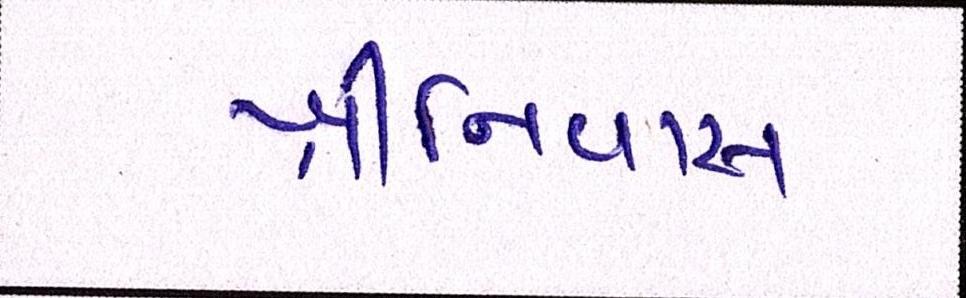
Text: શ્રીનિવાસ